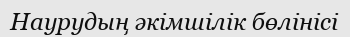
Наурудың әкімшілік бөлінісі